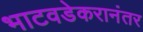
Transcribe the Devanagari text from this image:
भाटवडेकरानंतर